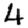
Digit: 4